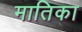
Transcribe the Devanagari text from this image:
मातिका